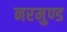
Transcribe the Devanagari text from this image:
नरमुण्ड